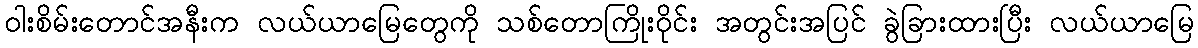
ဝါးစိမ်းတောင်အနီးက လယ်ယာမြေတွေကို သစ်တောကြိုးဝိုင်း အတွင်းအပြင် ခွဲခြားထားပြီး လယ်ယာမြေ